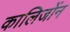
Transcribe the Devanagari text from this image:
कालिजोंन